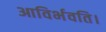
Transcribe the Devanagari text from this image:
आविर्भवति।